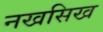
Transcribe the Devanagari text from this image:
नखसिख